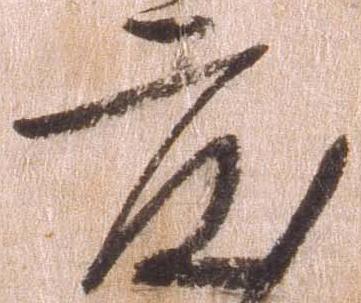
度